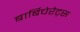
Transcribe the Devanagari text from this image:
बार्बिचेरेट्स